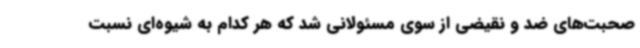
صحبت‌های ضد و نقیضی از سوی مسئولانی شد که هر کدام به شیوه‌ای نسبت